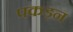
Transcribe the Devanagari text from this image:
पकड़न